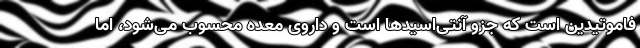
فاموتیدین است که جزو آنتی‌اسیدها است و داروی معده محسوب می‌شود، اما